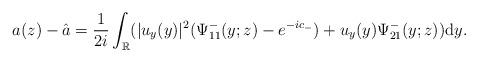
LaTeX: \begin{align*}a(z)-\hat{a}=\frac{1}{2i}\int_{\mathbb{R}}(|u_y(y)|^2(\Psi^-_{11}(y;z)-e^{-ic_-})+u_y(y) \Psi^-_{21}(y;z))\mathrm{d}y.\end{align*}